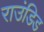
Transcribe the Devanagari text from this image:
राउंडिड